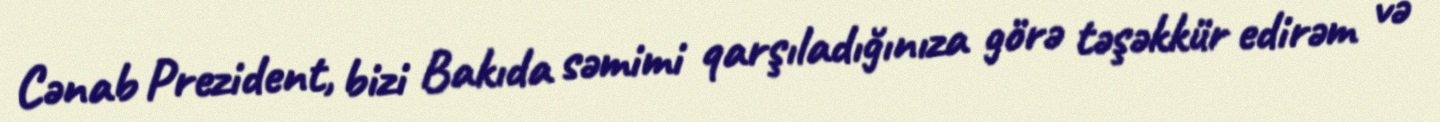
Cənab Prezident, bizi Bakıda səmimi qarşıladığınıza görə təşəkkür edirəm və